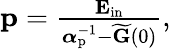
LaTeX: \begin{array}{r}{\mathbf p=\frac{\mathbf E_{\mathrm{in}}}{\boldsymbol\alpha_{\mathrm{p}}^{-1}-\widetilde{\mathbf G}(0)},}\end{array}